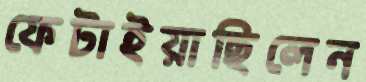
ফেটাইয়াছিলেন